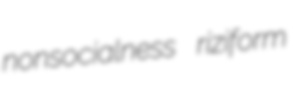
nonsocialness riziform